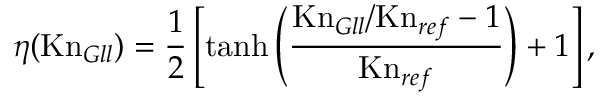
\eta ( \mathrm { K n } _ { G l l } ) = \frac { 1 } { 2 } \left[ \operatorname { t a n h } \left( \frac { \mathrm { K n } _ { G l l } / \mathrm { K n } _ { r e f } - 1 } { \mathrm { K n } _ { r e f } } \right) + 1 \right] ,